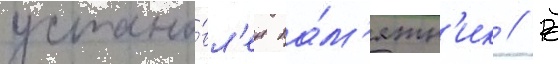
устано́вл'ен па́м'ятн'ик // В